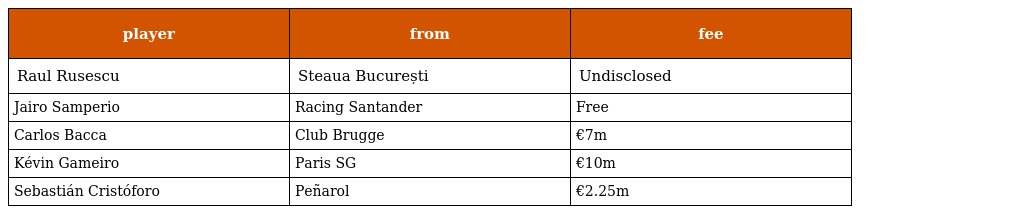
| player | from | fee |
 | --- | --- | --- |
 | Raul Rusescu | Steaua București | Undisclosed |
 | Jairo Samperio | Racing Santander | Free |
 | Carlos Bacca | Club Brugge | €7m |
 | Kévin Gameiro | Paris SG | €10m |
 | Sebastián Cristóforo | Peñarol | €2.25m |